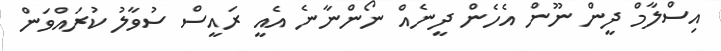
އިސްލާމް ދީން ނޫން އެހެން ދީނެއް ނޯންނާނެ އެއީ ރައީސް ސުވާލު ކުރައްވަން